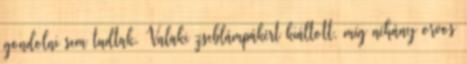
gondolni sem tudtak. Valaki zseblámpákért kiáltott, míg néhány orvos